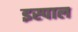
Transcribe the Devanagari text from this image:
इस्पाल